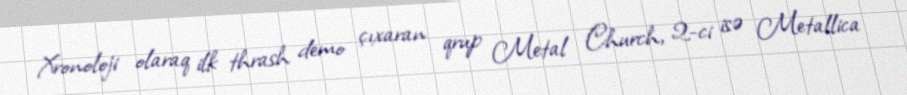
Xronoloji olaraq ilk thrash demo çıxaran qrup Metal Church, 2-ci isə Metallica